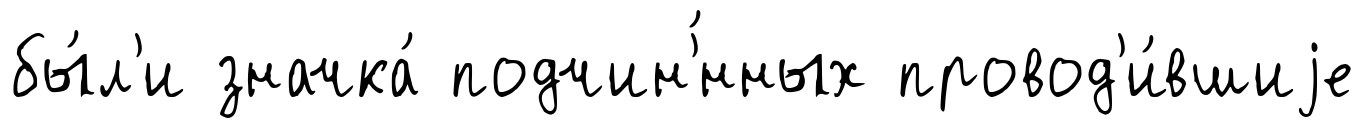
бы́л'и значка́ подчин'́нных провод'и́вшиjе